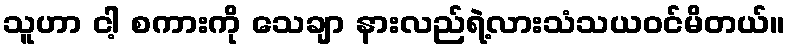
သူဟာ ငါ့ စကားကို သေချာ နားလည်ရဲ့လားသံသယဝင်မိတယ်။